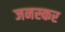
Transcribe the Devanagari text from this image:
जनस्‍कर